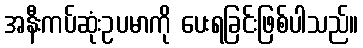
အနီးကပ်ဆုံးဥပမာကို ပေးရခြင်းဖြစ်ပါသည်။